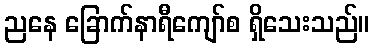
ညနေ ခြောက်နာရီကျော်စ ရှိသေးသည်။